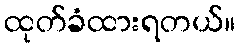
ထုတ်ခံထားရတယ်။